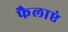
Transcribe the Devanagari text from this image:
फैलाएं